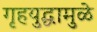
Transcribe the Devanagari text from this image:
गृहयुद्धामुळे